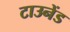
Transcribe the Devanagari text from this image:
टाउनेंड